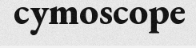
cymoscope